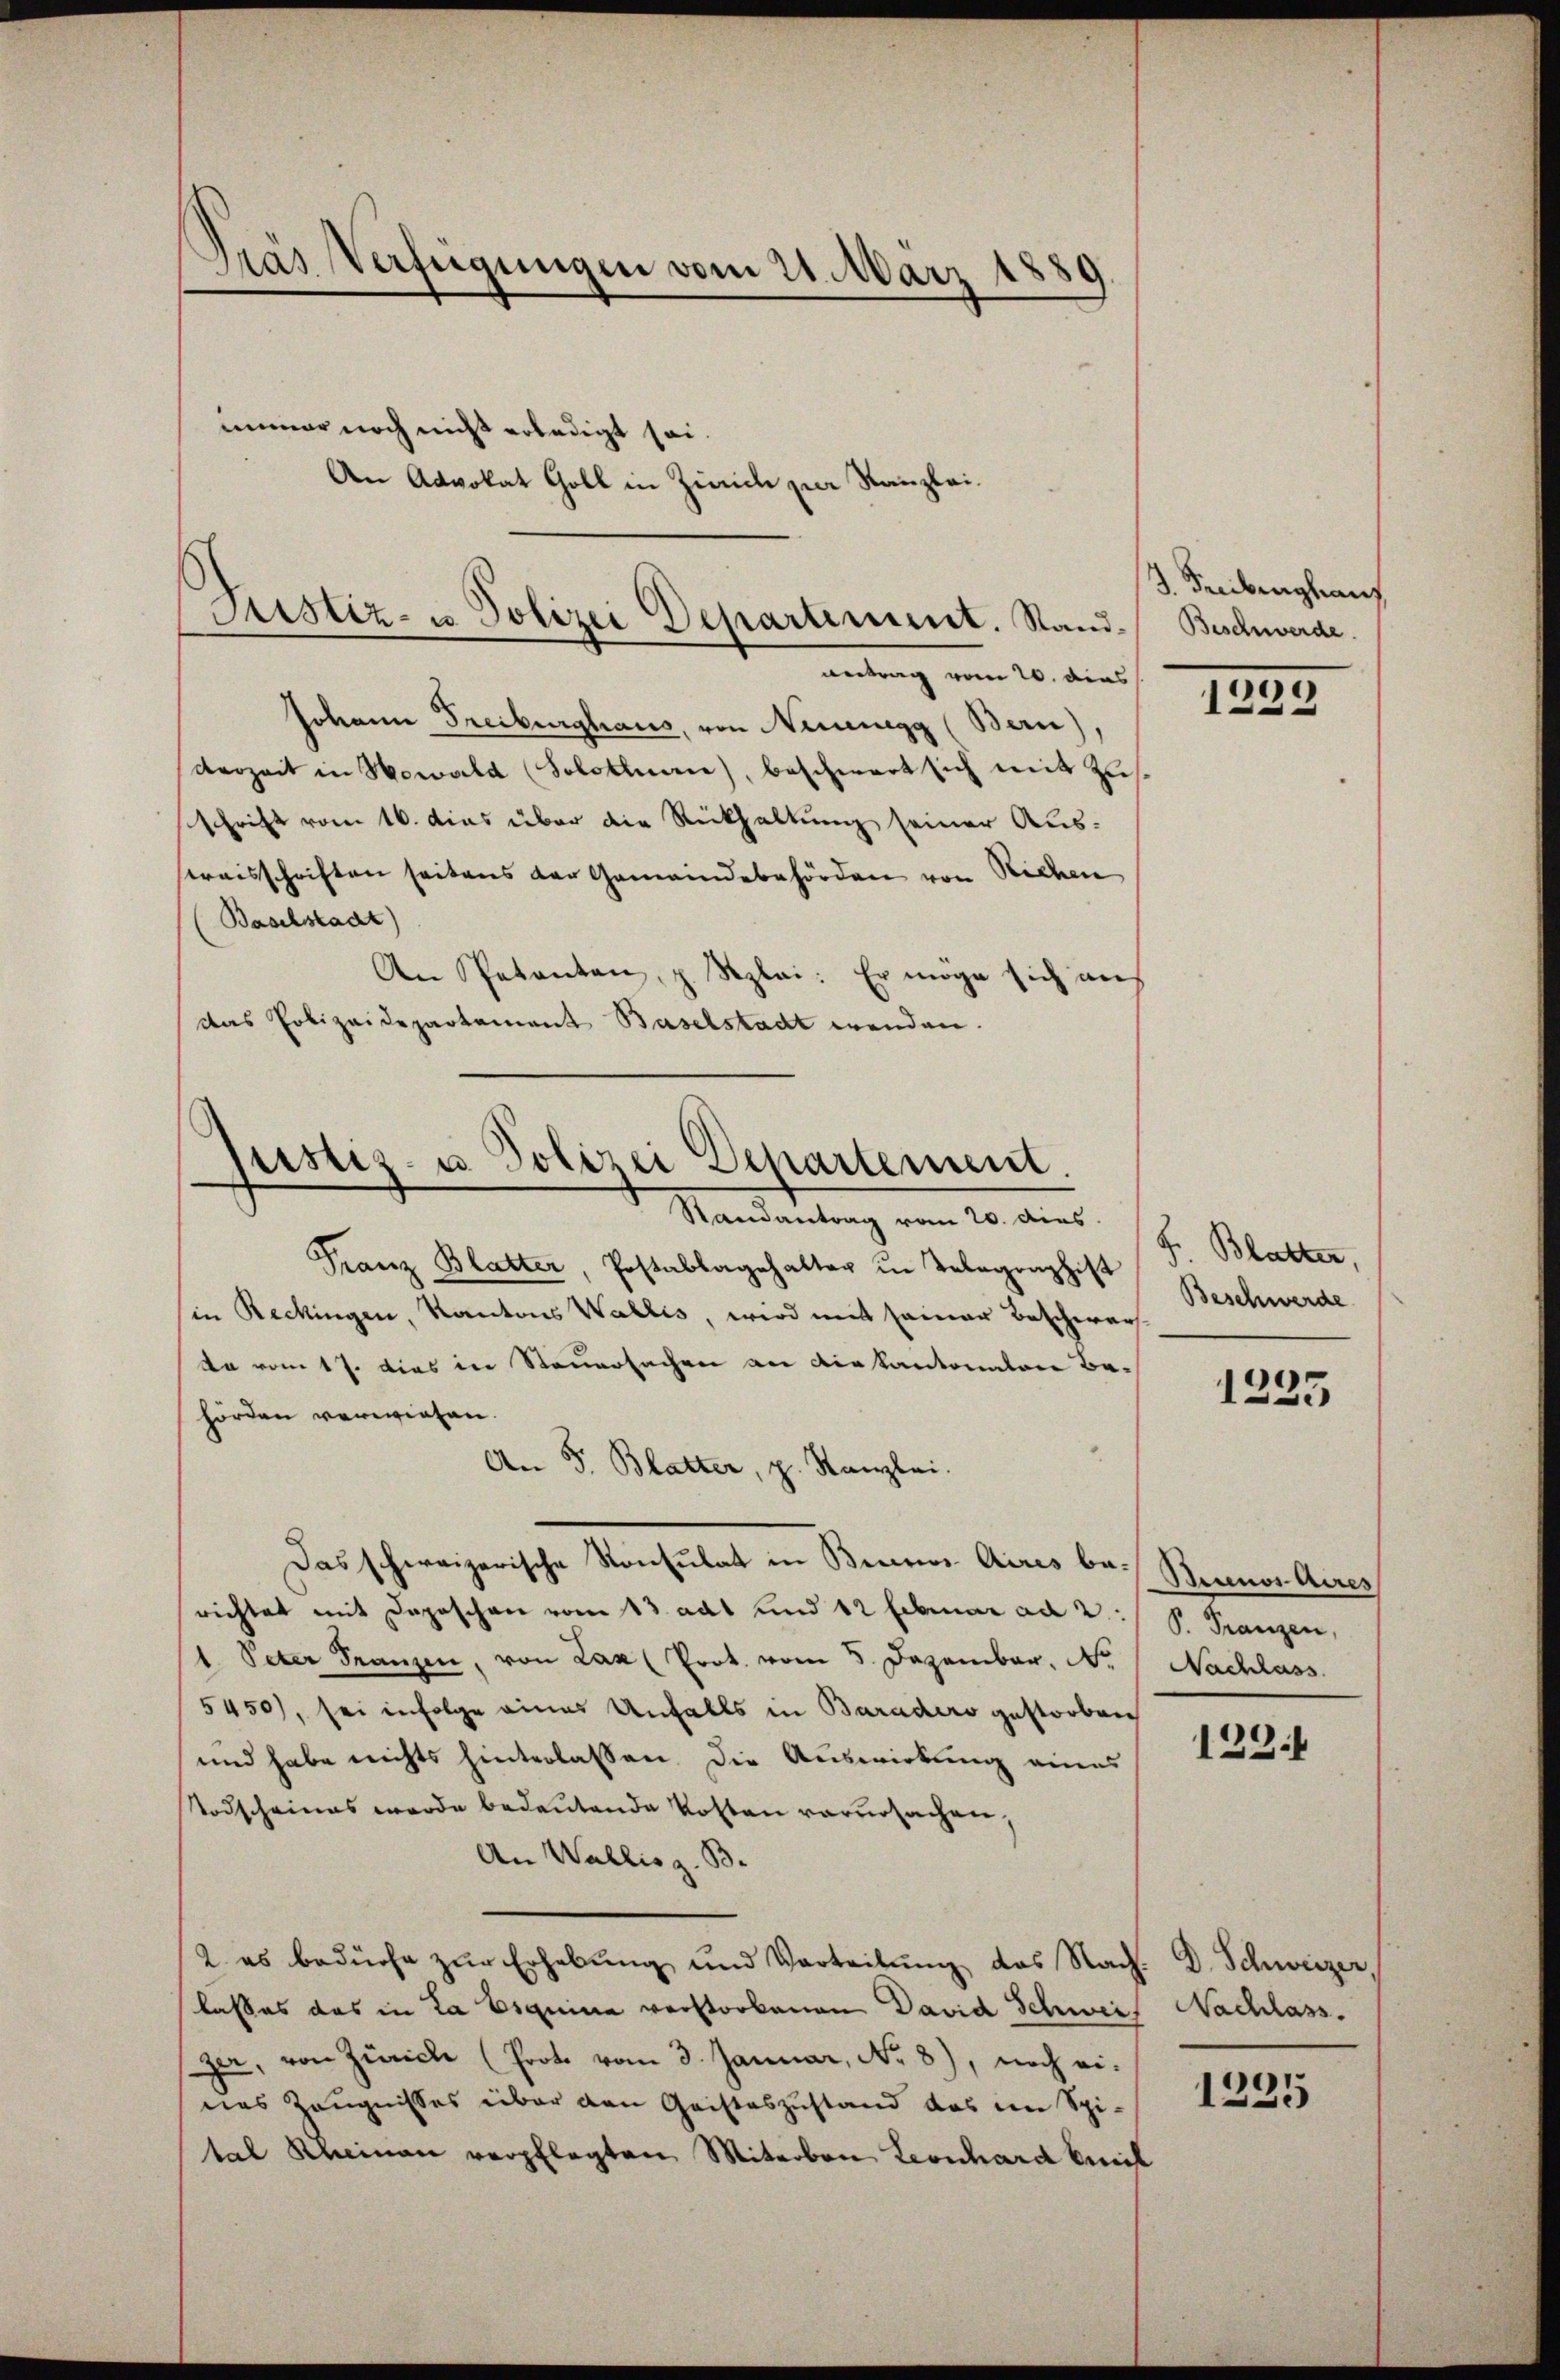
Dras Verfügungen vom 21. März 1880

immer noch nicht erledigt sei.
Der
Advoll
4 Goll in Zürich zur Kanzlei¬

Justiz- u. Polizei Departement. Stand.
antrag vom 20. dies

Johann Freiburghaus, von Neuegg (Bern),
derzeit in Howald (Solothurn), beschwert sich mit Zusschrift vom 16. das über die Rückhaltung seiner Auseraisschriften seitens der Gemeindebehörden von Richen
Baselstadt)
An Petenten, z. Szlai: Er möge sich an
das Polizeidepartement Baselstadt wenden.

Justiz- u. Polizei Departement.
Randantrag vom 20. dies

Franz Blatter, Postablagehalter in Telegraphist
in Reckingen, Kantons Wallis, wird mit seiner Beschwar
da vom 17. dies in Steuersachen an die kantonalere Behörden verwiesen.
An S. Blatter, p. Kanzlei.
Das schweizerische Konsulat in Benes Aires bei Sennos Aires
richtet mit Depeschen vom 13. adt und 12 Februar ad 2:/ P. Franzen,
1. Peter Franzen, von Lax (Prot. vom 5. Dezember. Nr. Nachlass
5450), sei infolge eines Unfalls in Baradero gestorben
und habe nichts hinterlassen. Die Auswirkung eines
Todscheines werde bedeutende Kosten verursachen,
An Wallis z. B.
2. es bedürfe zŭr Erhebŭng und Verteilŭng des Nach. D. Schweizer,
lasses das in La Esquina verstorbenen David Schweis Nachlass.
szer, von Zürich (Prote vom 3. Januar, No. 8), noch ei-
nes Zeugnisses über den Geisteszustand das im Spital Rheinau verpflegten Miterben Leonhard beeil

3. Senberghaus
Beschwerde.

00
1

F. Blatter,
Beschwerde

1235

129.

1235